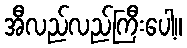
အီလည်လည်ကြီးပေါ့။